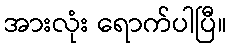
အားလုံး ရောက်ပါပြီ။